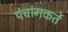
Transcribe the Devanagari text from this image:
पंचांगकर्ते